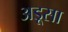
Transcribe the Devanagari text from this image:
अड़ूसा